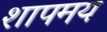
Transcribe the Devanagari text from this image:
शापमय